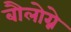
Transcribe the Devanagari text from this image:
बौलोग्ने